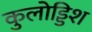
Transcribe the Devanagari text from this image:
कुलोड्डिश